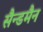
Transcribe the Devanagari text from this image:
सैन्डमैन